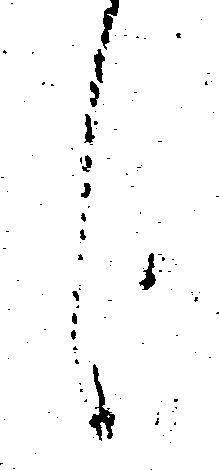
候